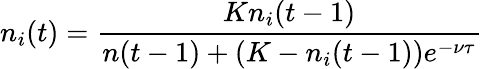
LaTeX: n_{i}(t)=\frac{Kn_{i}(t-1)}{n(t-1)+(K-n_{i}(t-1))e^{-\nu\tau}}